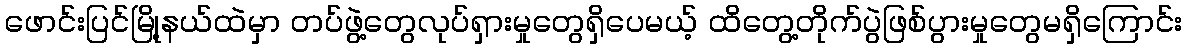
ဖောင်းပြင်မြို့နယ်ထဲမှာ တပ်ဖွဲ့တွေလုပ်ရှားမှုတွေရှိပေမယ့် ထိတွေ့တိုက်ပွဲဖြစ်ပွားမှုတွေမရှိကြောင်း